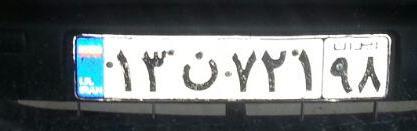
۱۳ن۷۲۱۹۸